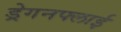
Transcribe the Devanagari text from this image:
ड्रेगनफ्लाई